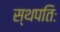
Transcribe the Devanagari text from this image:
स्थपतिः